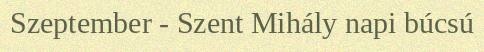
Szeptember - Szent Mihály napi búcsú